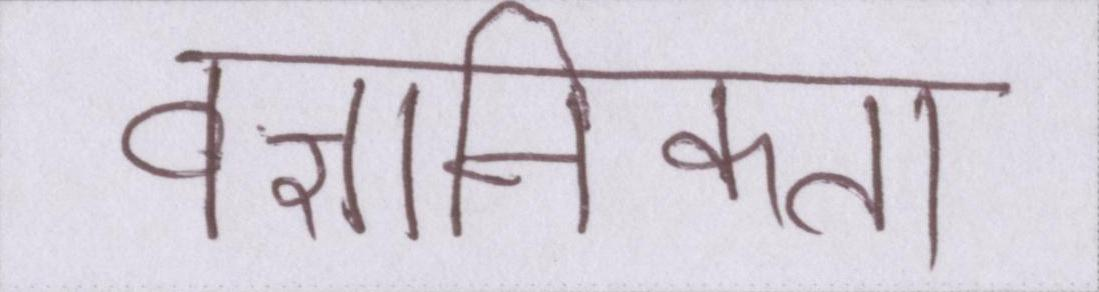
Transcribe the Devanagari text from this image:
वैज्ञानिकता